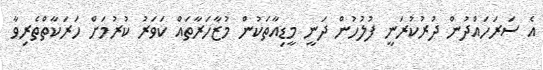
އެ ސަރަހައްދުން ދުރުކުރަނީ ފުލުހުން ދަނީ މީޑިއާތަކުން މުޒާހަރާތައް ކަވަރު ކުރުމަށް ހަރަކާތްތެރިވާ